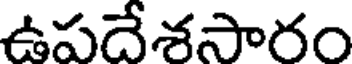
ఉపదేశసారం